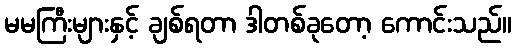
မမကြီးများနှင့် ချစ်ရတာ ဒါတစ်ခုတော့ ကောင်းသည်။